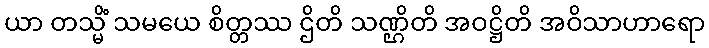
ယာ တသ္မိံ သမယေ စိတ္တဿ ဌိတိ သဏ္ဌိတိ အဝဋ္ဌိတိ အဝိသာဟာရော